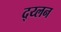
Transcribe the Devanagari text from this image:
द्य्लन